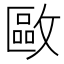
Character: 𢿛